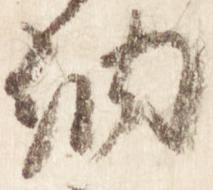
納